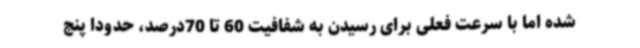
شده‌ اما با سرعت فعلی برای رسیدن به شفافیت 60 تا 70درصد، حدودا پنج